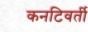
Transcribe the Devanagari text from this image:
कनटिवर्ती